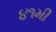
૪૧મી